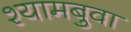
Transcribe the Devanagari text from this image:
श्यामबुवा